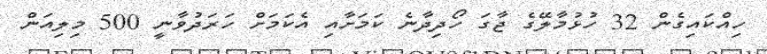
ހިއްކައިގެން 32 ހުޅުމާލޭގެ ޖާގަ ހޯދިދާނެ ކަމަށާއި އެކަމަށް ހަރަދުވާނީ 500 މިލިއަން